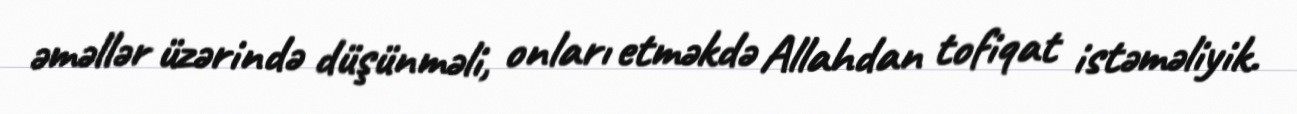
əməllər üzərində düşünməli, onları etməkdə Allahdan tofiqat istəməliyik.